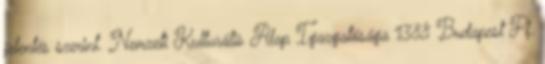
jelentés szerint. Nemzeti Kulturális Alap Igazgatósága 1388 Budapest Pf.